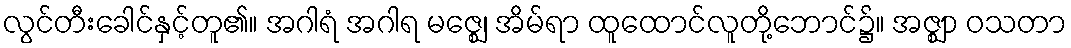
လွင်တီးခေါင်နှင့်တူ၏။ အဂါရံ အဂါရ မဇ္ဈေ၊ အိမ်ရာ ထူထောင်လူတို့ဘောင်၌။ အဇ္ဈာ ဝသတာ